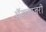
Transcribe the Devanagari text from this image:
ॲडव्हाजरी